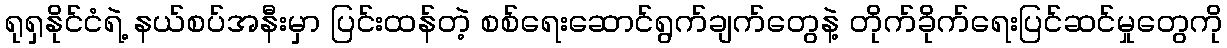
ရုရှနိုင်ငံရဲ့ နယ်စပ်အနီးမှာ ပြင်းထန်တဲ့ စစ်ရေးဆောင်ရွက်ချက်တွေနဲ့ တိုက်ခိုက်ရေးပြင်ဆင်မှုတွေကို